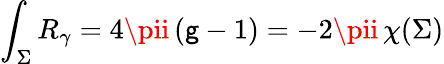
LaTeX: \int_{\Sigma}R_{\gamma}=4\pii\, (\mathsf{g}-1)=-2\pii\, \chi(\Sigma)